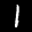
Label: 1